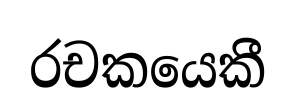
රචකයෙකී